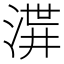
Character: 𱧋